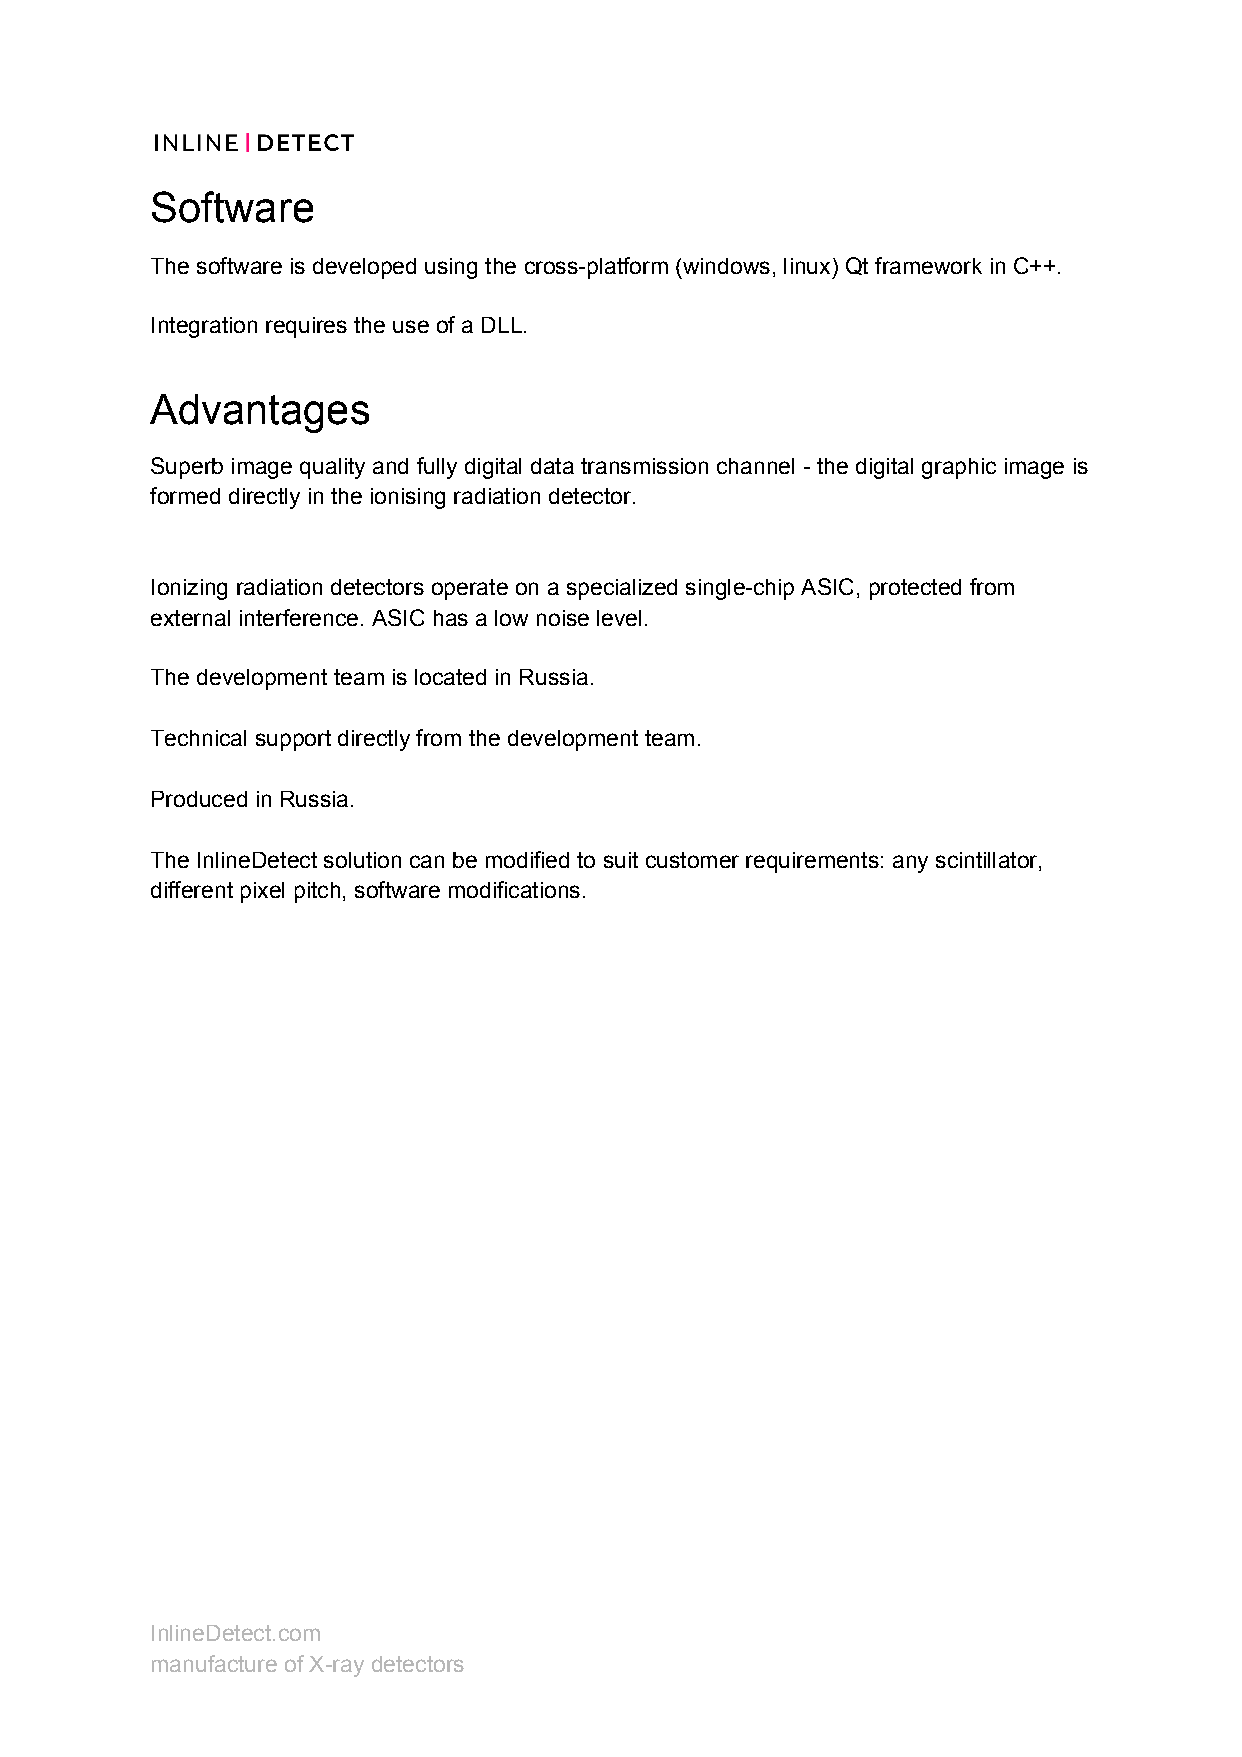
Software
 The software is developed using the cross-platform (windows, linux) Qt framework in C++.
 Integration requires the use of a DLL.
 Advantages
 Superb image quality and fully digital data transmission channel - the digital graphic image is
 formed directly in the ionising radiation detector.
 Ionizing radiation detectors operate on a specialized single-chip ASIC, protected from
 external interference. ASIC has a low noise level.
 The development team is located in Russia.
 Technical support directly from the development team.
 Produced in Russia.
 The InlineDetect solution can be modified to suit customer requirements: any scintillator,
 different pixel pitch, software modifications.
 InlineDetect.com
 manufacture of X-ray detectors